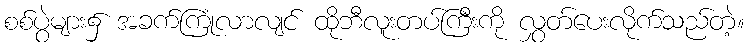
စစ်ပွဲများ၌ အခက်ကြုံလာလျင် ထိုဘီလူးတပ်ကြီးကို လွှတ်ပေးလိုက်သည်တဲ့။